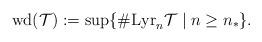
LaTeX: \begin{align*}\mathrm{wd}(\mathcal{T}):=\sup\lbrace\#\mathrm{Lyr}_n{\mathcal{T}}\mid n\ge n_\ast\rbrace.\end{align*}